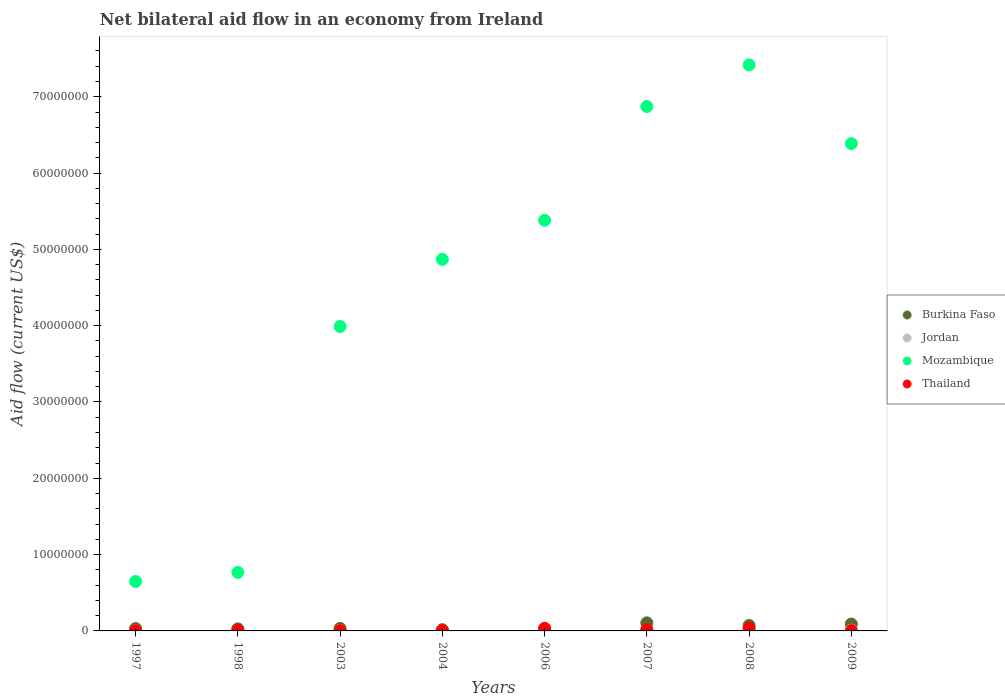
| Years | Burkina Faso | Jordan | Mozambique | Thailand |
 | --- | --- | --- | --- | --- |
 | 1997 | 3.1e+05 | 4e+04 | 6.48e+06 | 4e+04 |
 | 1998 | 2.7e+05 | 1e+04 | 7.67e+06 | 1e+05 |
 | 2003 | 3.3e+05 | 6e+04 | 3.99e+07 | 5e+04 |
 | 2004 | 1.6e+05 | 1e+04 | 4.87e+07 | 5e+04 |
 | 2006 | 8e+04 | 2.5e+05 | 5.38e+07 | 3.5e+05 |
 | 2007 | 1.06e+06 | 1.4e+05 | 6.87e+07 | 1.8e+05 |
 | 2008 | 7.1e+05 | 1.4e+05 | 7.42e+07 | 3.5e+05 |
 | 2009 | 9e+05 | 1e+05 | 6.39e+07 | 4e+04 |